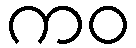
ကဝ